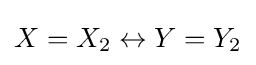
X=X_{2}\leftrightarrow Y=Y_{2}